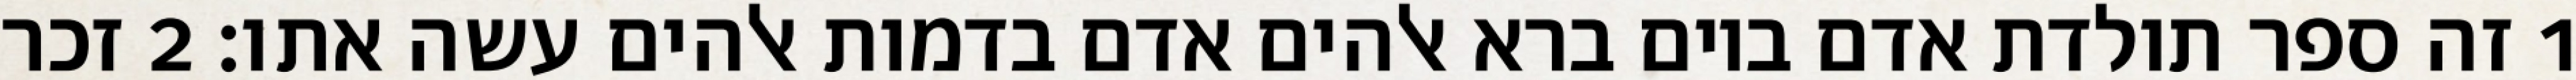
1 זה ספר תולדת אדם ביום ברא אלהים אדם בדמות אלהים עשה אתו׃ ‎2‏ זכר